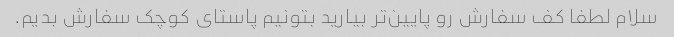
سلام لطفا کف سفارش رو پایین‌تر بیارید بتونیم پاستای کوچک سفارش بدیم.